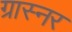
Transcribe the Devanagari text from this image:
ग्रास्नर